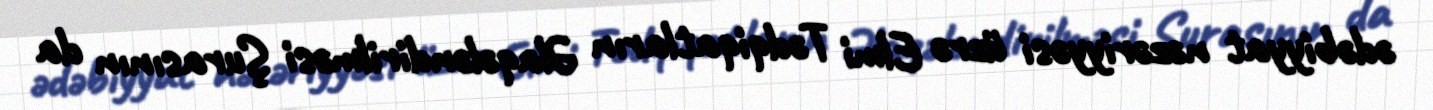
ədəbiyyat nəzəriyyəsi üzrə Elmi Tədqiqatların Əlaqələndirilməsi Şurasının da